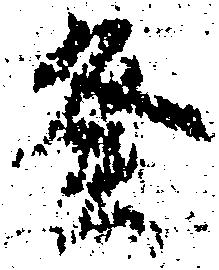
癸